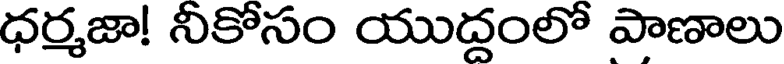
ధర్మజా! నీకోసం యుద్దంలో పాణాలు